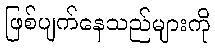
ဖြစ်ပျက်နေသည်များကို